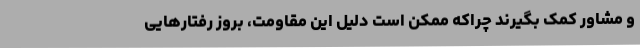
و مشاور کمک بگیرند چراکه ممکن است دلیل این مقاومت، بروز رفتارهایی